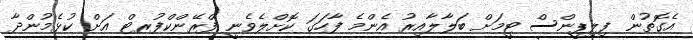
އެގޮތުން ފިލިޕީންސް ޓީމަށް ބަލާލާއިރު އެންމެ ފާހަގަ ކޮށްލެވެނީ ފްރޭންކްފުރޓް އަށް ކުޅެމުންދާ